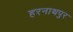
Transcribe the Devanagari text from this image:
हरनाथपुर